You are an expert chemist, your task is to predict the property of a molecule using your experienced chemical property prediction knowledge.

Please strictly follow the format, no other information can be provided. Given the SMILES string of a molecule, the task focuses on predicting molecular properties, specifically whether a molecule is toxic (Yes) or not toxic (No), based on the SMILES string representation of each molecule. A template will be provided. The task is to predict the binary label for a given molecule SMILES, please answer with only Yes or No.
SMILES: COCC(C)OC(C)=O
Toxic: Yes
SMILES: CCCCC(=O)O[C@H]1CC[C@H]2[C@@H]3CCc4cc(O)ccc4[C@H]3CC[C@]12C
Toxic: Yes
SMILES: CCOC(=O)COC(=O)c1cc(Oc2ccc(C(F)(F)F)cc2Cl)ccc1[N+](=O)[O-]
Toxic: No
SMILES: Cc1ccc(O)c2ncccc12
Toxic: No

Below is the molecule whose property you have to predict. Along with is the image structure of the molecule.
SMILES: CC1(C)C(C(=O)OC(C#N)c2cccc(Oc3ccccc3)c2)C1(C)C
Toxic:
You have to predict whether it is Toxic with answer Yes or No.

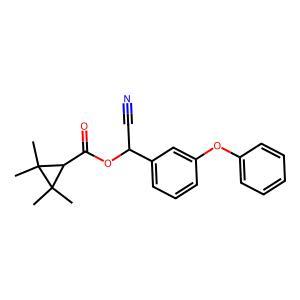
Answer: No